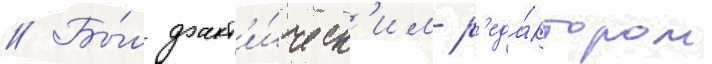
// Бы́л факт'и́ческ'им р'еда́ктором